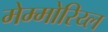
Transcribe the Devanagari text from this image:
मेम्मोरिय्ल